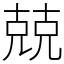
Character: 兢